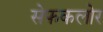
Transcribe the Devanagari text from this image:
सेफकलोर